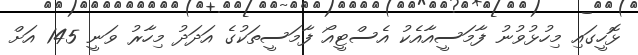
ޅޮހީގައި މިހުޅުވުނު ފާމަސީއާއެކު އެސްޓީއޯ ފާމަސީތަކުގެ އަދަދު މިހާރު ވަނީ 145 އަށް